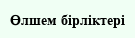
Өлшем бірліктері